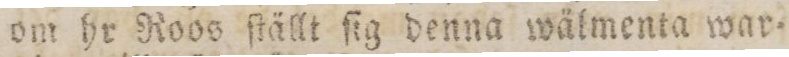
om hr Roos ſtällt ſig denna wälmenta war=